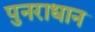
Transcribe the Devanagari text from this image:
पुनराधान